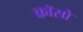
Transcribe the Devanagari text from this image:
क्रॉसो